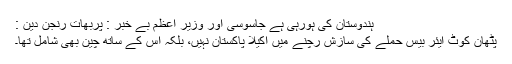
ہندوستان کی ہورہی ہے جاسوسی اور وزیر اعظم بے خبر : پربھات رنجن دین :
پٹھان کوٹ ایئر بیس حملے کی سازش رچنے میں اکیلا پاکستان نہیں، بلکہ اس کے ساتھ چین بھی شامل تھا۔